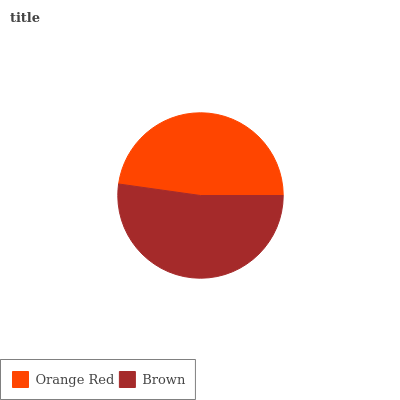
| Orange Red | Brown |
 | --- | --- |
 | 47.8% | 52.2% |